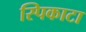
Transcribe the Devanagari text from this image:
स्पिकाटा